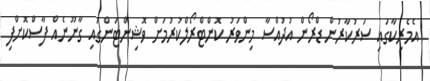
އެމެރިކާގައި ސަރުކާރުން ޑްރޯން އުދުއްސާ މިންވަރު ކޮންޓްރޯލްކުރުމަށް ވޮޝިންޓަންގައި ގާނޫނެއް ފާސްކޮށްފި